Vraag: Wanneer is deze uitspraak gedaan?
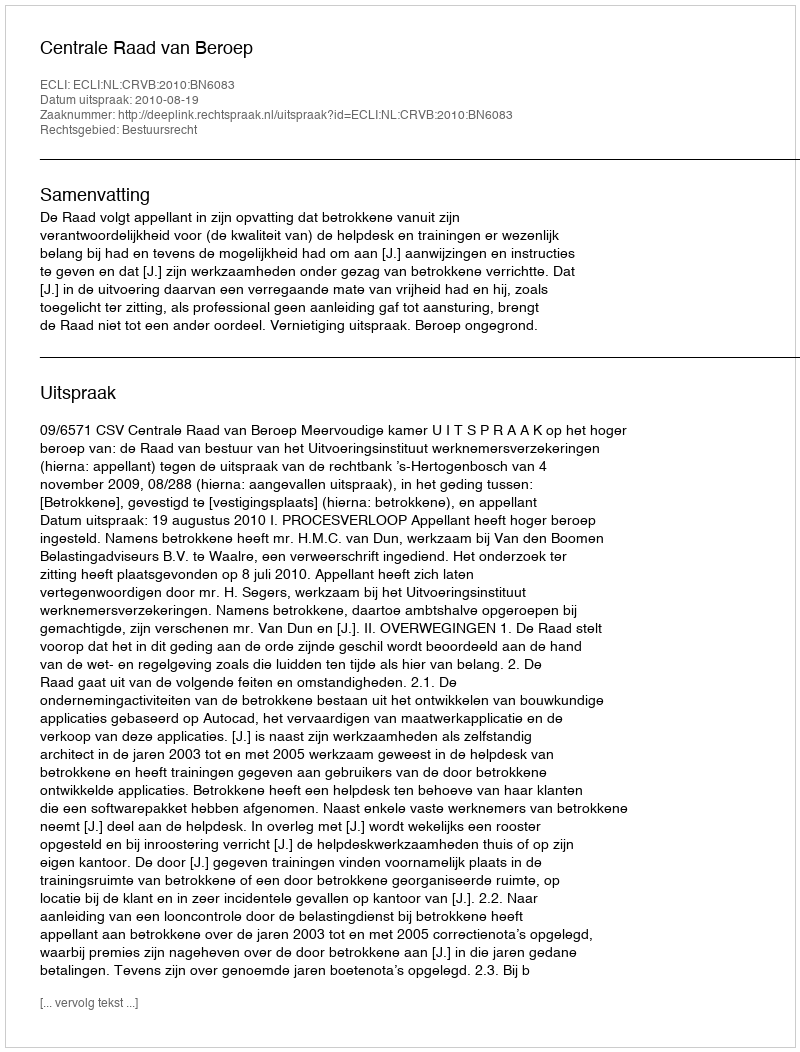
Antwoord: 2010-08-19